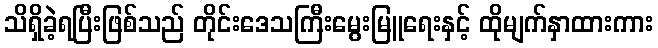
သိရှိခဲ့ရပြီးဖြစ်သည် တိုင်းဒေသကြီးမွေးမြူရေးနှင့် ထိုမျက်နှာထားကား